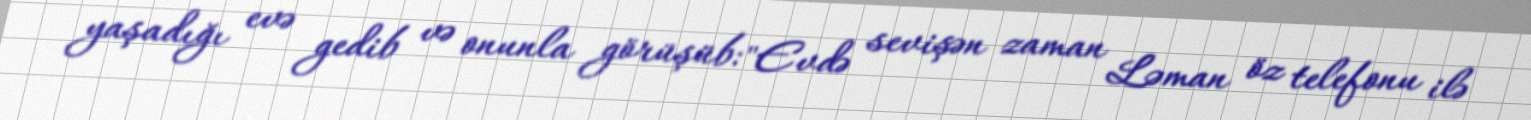
yaşadığı evə gedib və onunla görüşüb: "Evdə sevişən zaman Ləman öz telefonu ilə